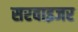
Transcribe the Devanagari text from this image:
सरवाइजर